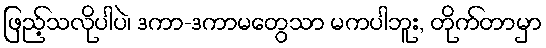
ဖြည့်သလိုပါပဲ၊ ဒကာ-ဒကာမတွေသာ မကပါဘူး, တိုက်တာမှာ